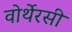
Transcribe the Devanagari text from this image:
वोर्थेरसी